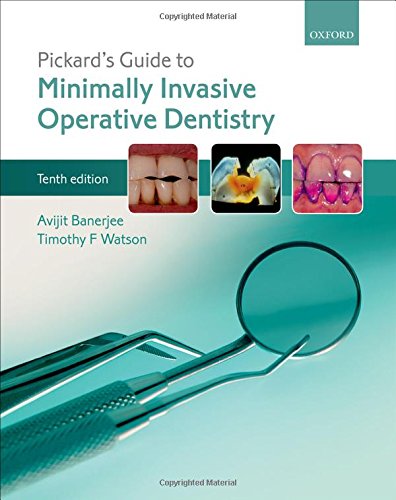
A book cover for Pickard's Guide to Minimally Invasive Operative Dentistry; Avit Banerjee; Medical Books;